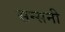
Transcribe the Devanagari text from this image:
सन्सनी